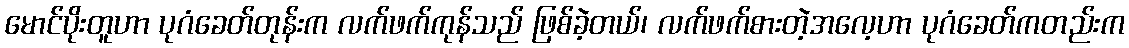
မောင်ပိုးတူဟာ ပုဂံခေတ်တုန်းက လက်ဖက်ကုန်သည် ဖြစ်ခဲ့တယ်၊ လက်ဖက်စားတဲ့အလေ့ဟာ ပုဂံခေတ်ကတည်းက